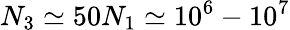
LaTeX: N_{3}\simeq 50N_{1}\simeq 10^{6}-10^{7}